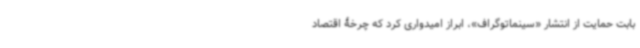
بابت حمایت از انتشار «سینماتوگراف»، ابراز امیدواری کرد که چرخۀ اقتصاد